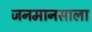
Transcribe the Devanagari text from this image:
जनमानसाला